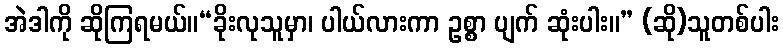
အဲဒါကို ဆိုကြရမယ်။“ခိုးလုသူမှာ၊ ပါယ်လားကာ ဥစ္စာ ပျက် ဆုံးပါး။” (ဆို)သူတစ်ပါး